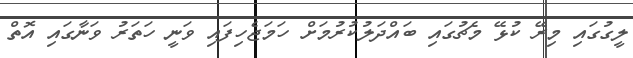
ލީގުގައި މިރޭ ކުޅޭ މެޗުގައި ބައްދަލުކުރުމަށް ހަމަޖެހިފައި ވަނީ ހަތަރު ވަނާގައި އޮތް